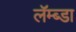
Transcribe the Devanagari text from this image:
लॅम्ब्डा